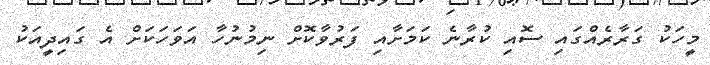
މީހަކު ގަރާރެއްގައި ސޮއި ކުރާނެ ކަމަށާއި ފަރުވާކޮށް ނިމުނުހާ އަވަހަކަށް އެ ގައިދީއަކު